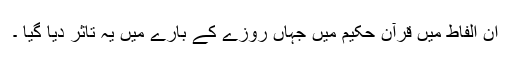
ان الفاط میں قرآن حکیم میں جہاں روزے کے بارے میں یہ تاثر دیا گیا ۔